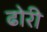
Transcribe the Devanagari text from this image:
ढोरी